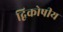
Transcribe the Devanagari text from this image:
द्विकोषीय